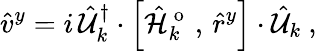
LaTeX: \hat{v}^{y}=i\, \hat{\mathcal{U}}_{k}^{\dagger}\cdot\left[\hat{\mathcal{H}}_{k}^{\mathrm{~o~}}\, ,\, \hat{r}^{y}\right]\cdot\hat{\mathcal{U}}_{k}\mathrm{~,~}